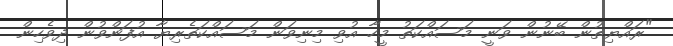
"ރައްޔިތުން ބޭނުން ވަނީ މަސައްކަތު މީހާ އުވި މިނިވަން މަސައްކަތެރިޔާ އުފަންވުން ދިވެހިން